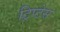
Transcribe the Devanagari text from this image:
ट्रिप्टेस